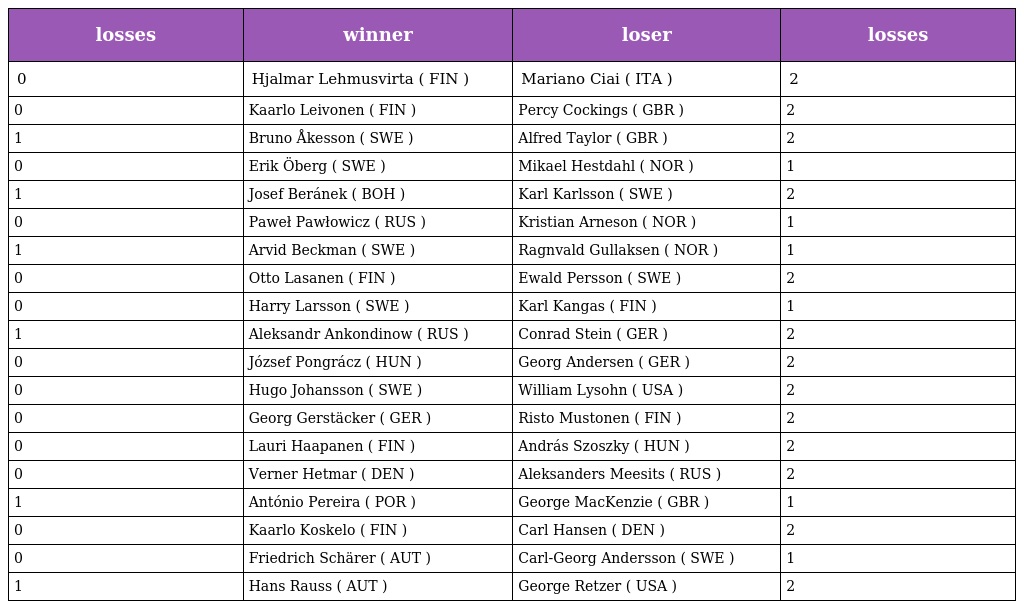
| losses | winner | loser | losses |
 | --- | --- | --- | --- |
 | 0 | Hjalmar Lehmusvirta ( FIN ) | Mariano Ciai ( ITA ) | 2 |
 | 0 | Kaarlo Leivonen ( FIN ) | Percy Cockings ( GBR ) | 2 |
 | 1 | Bruno Åkesson ( SWE ) | Alfred Taylor ( GBR ) | 2 |
 | 0 | Erik Öberg ( SWE ) | Mikael Hestdahl ( NOR ) | 1 |
 | 1 | Josef Beránek ( BOH ) | Karl Karlsson ( SWE ) | 2 |
 | 0 | Paweł Pawłowicz ( RUS ) | Kristian Arneson ( NOR ) | 1 |
 | 1 | Arvid Beckman ( SWE ) | Ragnvald Gullaksen ( NOR ) | 1 |
 | 0 | Otto Lasanen ( FIN ) | Ewald Persson ( SWE ) | 2 |
 | 0 | Harry Larsson ( SWE ) | Karl Kangas ( FIN ) | 1 |
 | 1 | Aleksandr Ankondinow ( RUS ) | Conrad Stein ( GER ) | 2 |
 | 0 | József Pongrácz ( HUN ) | Georg Andersen ( GER ) | 2 |
 | 0 | Hugo Johansson ( SWE ) | William Lysohn ( USA ) | 2 |
 | 0 | Georg Gerstäcker ( GER ) | Risto Mustonen ( FIN ) | 2 |
 | 0 | Lauri Haapanen ( FIN ) | András Szoszky ( HUN ) | 2 |
 | 0 | Verner Hetmar ( DEN ) | Aleksanders Meesits ( RUS ) | 2 |
 | 1 | António Pereira ( POR ) | George MacKenzie ( GBR ) | 1 |
 | 0 | Kaarlo Koskelo ( FIN ) | Carl Hansen ( DEN ) | 2 |
 | 0 | Friedrich Schärer ( AUT ) | Carl-Georg Andersson ( SWE ) | 1 |
 | 1 | Hans Rauss ( AUT ) | George Retzer ( USA ) | 2 |